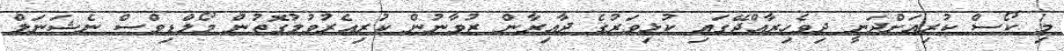
މި ކޯސް ކުރިއަށްދަނީ ދިވެހިރާއްޖޭގައި ކުޅިވަރުގެ ދާއިރާން ޒުވާނުން ކުރިއެރުވުމުގޮތުން މޯލްޑިވްސް ނެޝަނަލް